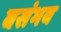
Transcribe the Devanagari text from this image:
बसंभव